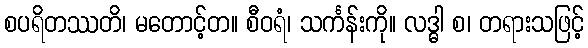
စပရိတဿတိ၊ မတောင့်တ။ စီဝရံ၊ သင်္ကန်းကို။ လဒ္ဓါ စ၊ တရားသဖြင့်